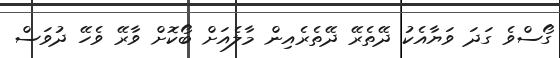
ގޯސްވެ ގަދަ ވަޔާއެކު ދޭތެރޭ ދޭތެރެއިން މާލެއަށް ބޯކޮށް ވާރޭ ވެހޭ ދުވަސް